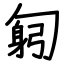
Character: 匑